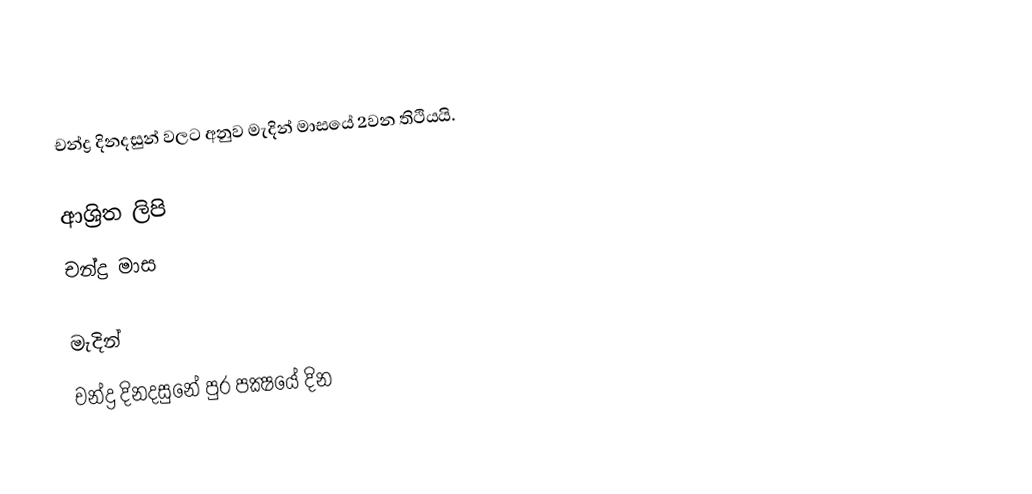
චන්ද්‍ර දිනදසුන් වලට අනුව මැදින් මාසයේ 2වන තිථියයි.

ආශ්‍රිත ලිපි
 චන්ද්‍ර මාස

මැදින්
චන්ද්‍ර දිනදසුනේ පුර පක්‍ෂයේ දින